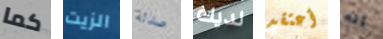
كما الزيت صدئة لديك أعتقد انه